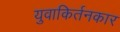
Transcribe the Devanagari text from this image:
युवाकिर्तनकार